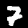
Label: 7